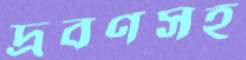
দ্রবণসহ